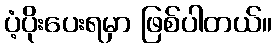
ပံ့ပိုးပေးရမှာ ဖြစ်ပါတယ်။